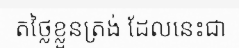
តថ្លៃខ្លួនត្រង់ ដែលនេះជា